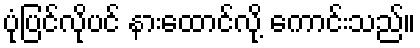
ပုံပြင်လိုပင် နားထောင်လို့ ကောင်းသည်။